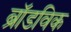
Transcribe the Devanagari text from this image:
ब्रॉडविक